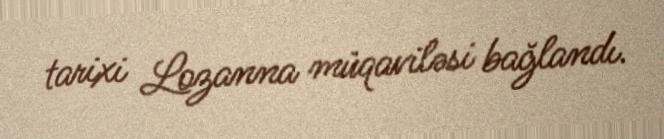
tarixi Lozanna müqaviləsi bağlandı.